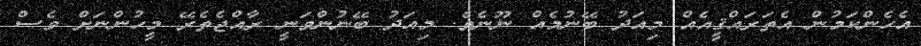
އެހެންކަމުން އެތަރައްޤީއެއް މިއަދު ބޭނުމެއް ނޫނެވެ. މިއަދު ބޭނުންވަނީ ރާއްޖެތެރޭ މީހުންނަށް ވެސް